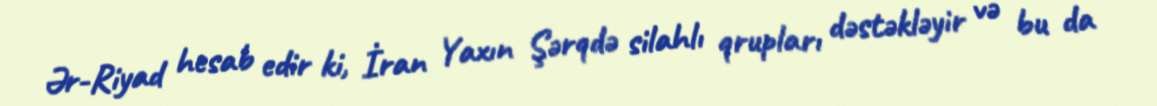
Ər-Riyad hesab edir ki, İran Yaxın Şərqdə silahlı qrupları dəstəkləyir və bu da